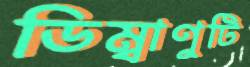
ডিম্বাণুটি